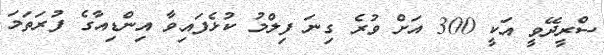
ސްރީދޭވީ އަކީ 300 އަށް ވުރެ ގިނަ ފިލްމު ކުޅެފައިވާ އިންޑިއާގެ ފުރަތަމަ